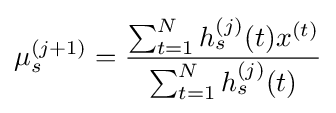
\mu _{s}^{(j+1)}={\frac {\sum _{t=1}^{N}h_{s}^{(j)}(t)x^{(t)}}{\sum _{t=1}^{N}h_{s}^{(j)}(t)}}